Applicability to medico-legal practice in India of the biochemical tests for the origin of blood-stains - Number 39
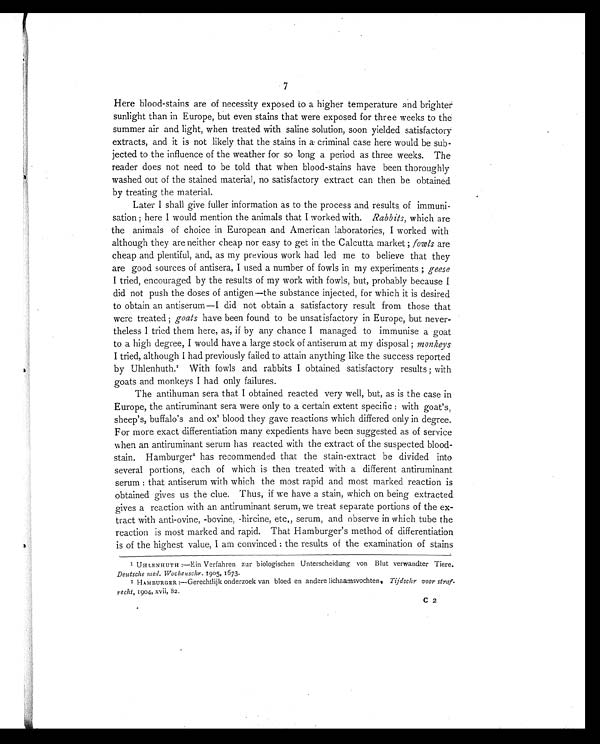
7
Here blood-stains are of necessity exposed to a higher temperature and brighter
sunlight than in Europe, but even stains that were exposed for three weeks to the
summer air and light, when treated with saline solution, soon yielded satisfactory
extracts, and it is not likely that the stains in a criminal case here would be sub-
jected to the influence of the weather for so long a period as three weeks. The
reader does not need to be told that when blood-stains have been thoroughly
washed out of the stained material, no satisfactory extract can then be obtained
by treating the material.
Later I shall give fuller information as to the process and results . of immuni-
sation ; here I would mention the animals that I worked with. Rabbits, which are
the animals of choice in European and American laboratories, I worked with
although they are neither cheap nor easy to get in the Calcutta market ; fowls are
cheap and plentiful, and, as my previous work had led me to believe that they
are good sources of antisera, I used a number of fowls in my experiments ; geese
I tried, encouraged by the results of my work with fowls, but, probably because I
did not push the doses of antigen —the substance injected, for which it is desired
to obtain an antiserum—I did not obtain a satisfactory result from those that
were treated ; goats have been found to be unsatisfactory in Europe, but never-
theless It r i e d t h e m h e r e , a s , i f b y a n y c h a n c e I m a n a g e d t o i m m u n i s e a g o a t
to a high degree, I would have a large stock of antiserum at my disposal ; monkeys
I tried, although I had previously failed to attain anything like the success reported
b y Uh l e n h u t h . 1 Wi t h f o wl s a n d r a b b i t s I o b t a i n e d s a t i s f a c t o r y r e s u l t s ; wi t h
goats and monkeys I had only failures.
The antihuman sera that I obtained reacted very well, but, as is the case in
Europe, the antiruminant sera were only to a certain extent specific : with goat's,
sheep's, buffalo's and ox' blood they gave reactions which differed only in degree.
For more exact differentiation many expedients have been suggested as of service
when an antiruminant serum has reacted with the extract of the suspected blood-
st ai n. Hambur ger 2 has r ecommended t hat t he st ai n- ext r act be di vi ded i nt o
several portions, each of which is then treated with a different antiruminant
serum : that antiserum with which the most rapid and most marked reaction is
obtained gives us the clue. Thus, if we have a stain, which on being extracted
gives a reaction with an antiruminant serum, we treat separate portions of the ex-
tract with anti-ovine, -bovine, -hircine, etc., serum, and observe in which tube the
reaction is most marked and rapid. That Hamburger's method of differentiation
is of the highest value, I am convinced : the results of the examination of stains
1 UHLENHUTH :—Ein Vcrfahren zur biologischen Unterscheidung von Blut verwandter Tiere.
Deutsche med. Wochenschr. 1905, 1673.
2 HAMBURGER :—Gerechtlijk onderzoek van bloed en andere lichaamsvochten. Tijdschr voor straf-
recht, 1904, xvii. 82.
C 2